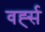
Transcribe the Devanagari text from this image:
वर्ह्स